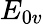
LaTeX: E_{0v}